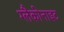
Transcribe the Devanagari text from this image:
ग्लैकोनाइट